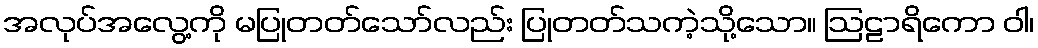
အလုပ်အလွေ့ကို မပြုတတ်သော်လည်း ပြုတတ်သကဲ့သို့သော။ ဩဠာရိကော ဝါ၊